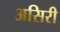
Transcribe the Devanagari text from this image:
असिरी